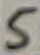
Text: 5